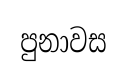
පුනාවස